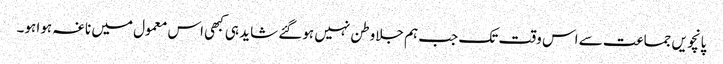
پانچویں جماعت سے اس وقت تک جب ہم جلاوطن نہیں ہوگئے شاید ہی کبھی اس معمول میں ناغہ ہوا ہو۔